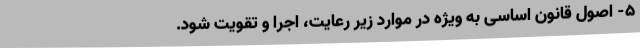
5- اصول قانون اساسی به ویژه در موارد زیر رعایت، اجرا و تقویت شود.